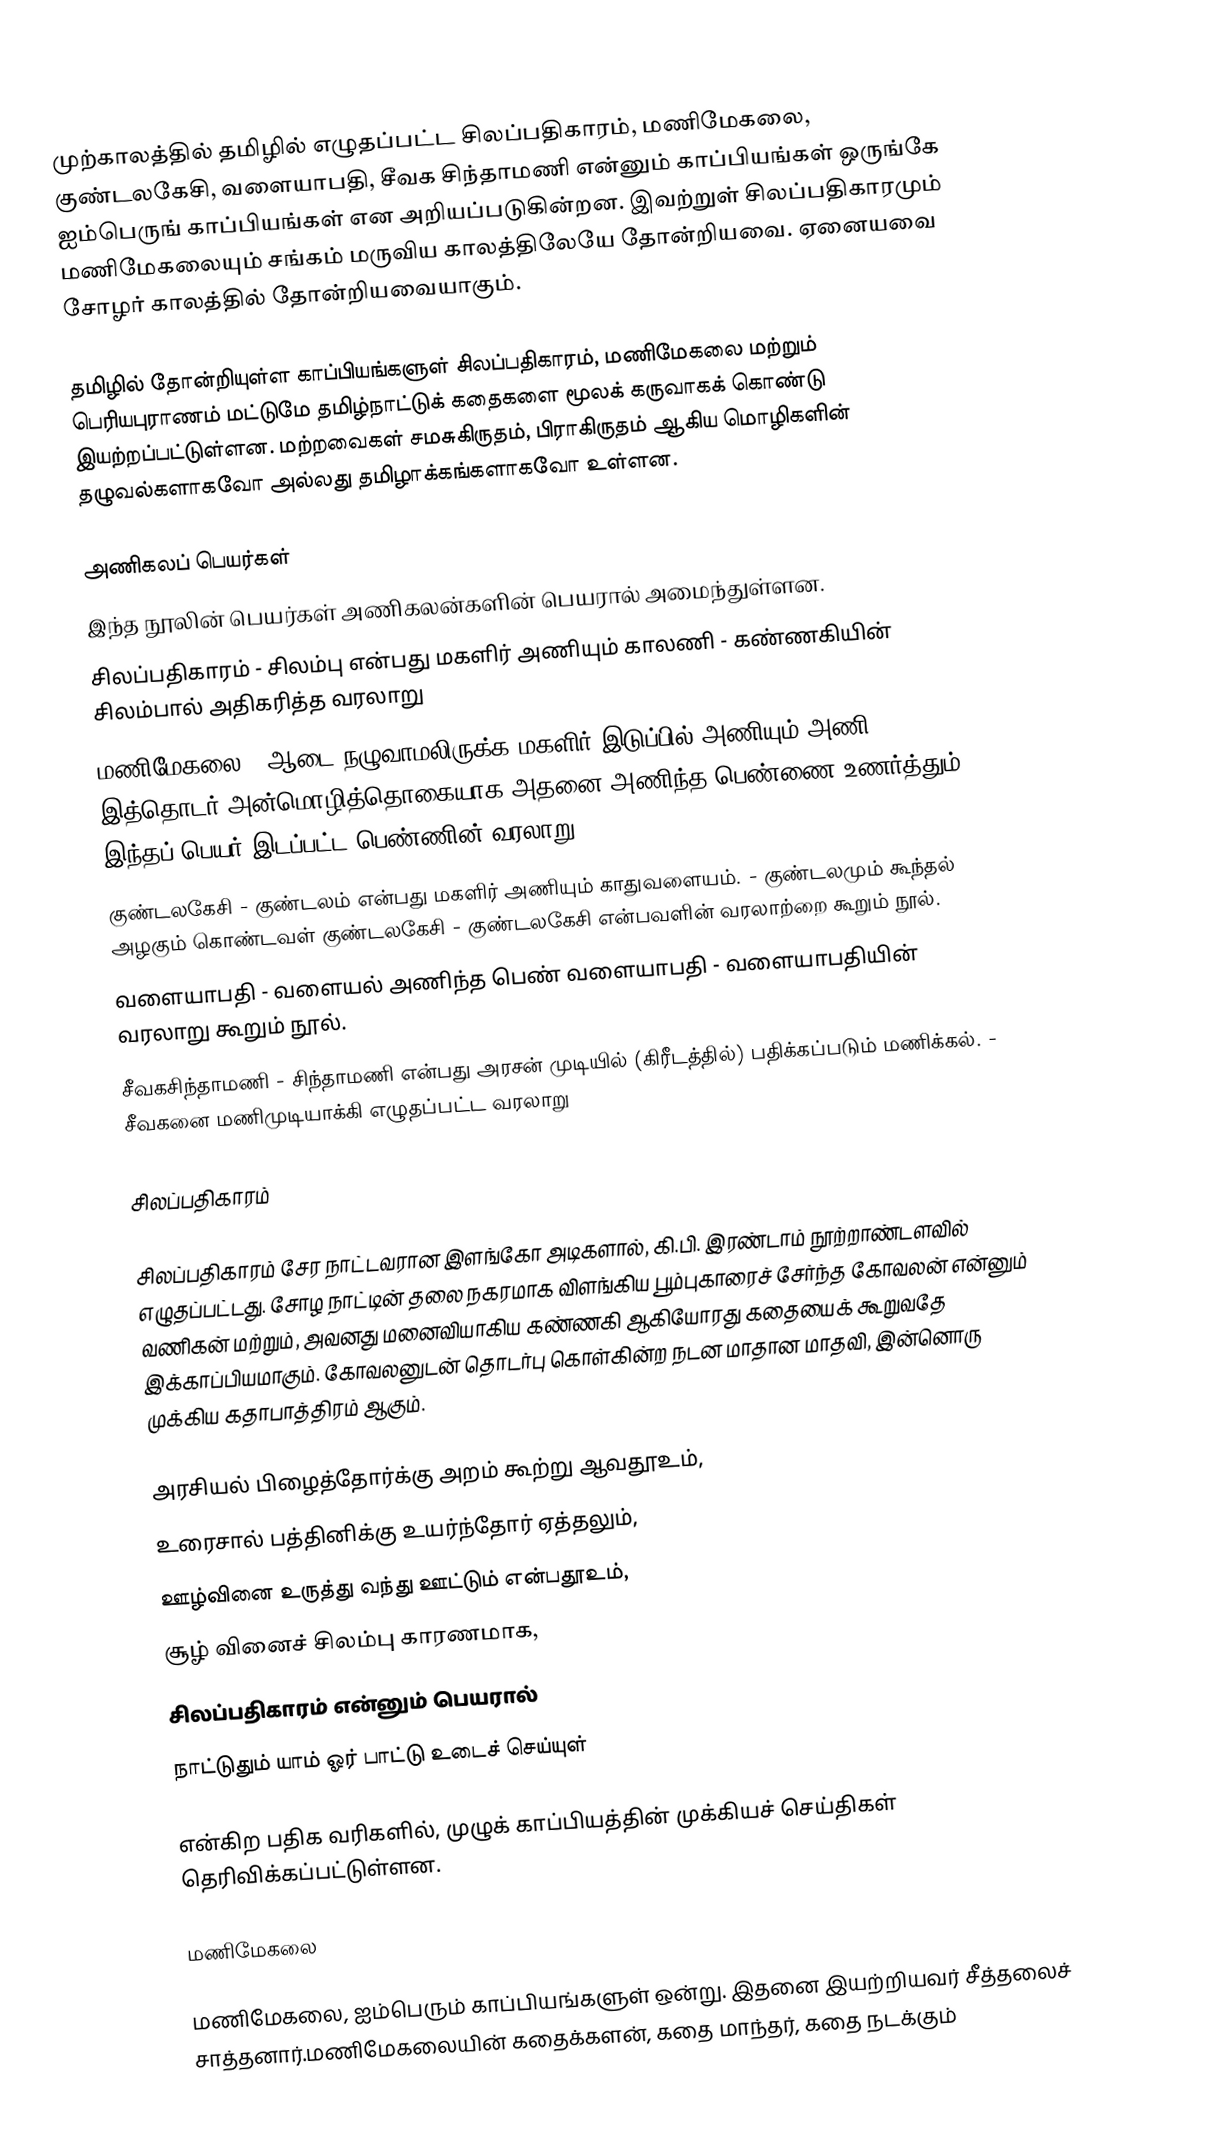
முற்காலத்தில் தமிழில் எழுதப்பட்ட சிலப்பதிகாரம், மணிமேகலை, குண்டலகேசி, வளையாபதி, சீவக சிந்தாமணி என்னும் காப்பியங்கள் ஒருங்கே ஐம்பெருங் காப்பியங்கள் என அறியப்படுகின்றன. இவற்றுள் சிலப்பதிகாரமும் மணிமேகலையும் சங்கம் மருவிய காலத்திலேயே தோன்றியவை. ஏனையவை சோழர் காலத்தில் தோன்றியவையாகும்.

தமிழில் தோன்றியுள்ள காப்பியங்களுள் சிலப்பதிகாரம், மணிமேகலை மற்றும் பெரியபுராணம் மட்டுமே தமிழ்நாட்டுக் கதைகளை மூலக் கருவாகக் கொண்டு இயற்றப்பட்டுள்ளன. மற்றவைகள் சமசுகிருதம், பிராகிருதம் ஆகிய மொழிகளின் தழுவல்களாகவோ அல்லது தமிழாக்கங்களாகவோ உள்ளன.

அணிகலப் பெயர்கள்
இந்த நூலின் பெயர்கள் அணிகலன்களின் பெயரால் அமைந்துள்ளன.
 சிலப்பதிகாரம் - சிலம்பு என்பது மகளிர் அணியும் காலணி - கண்ணகியின் சிலம்பால் அதிகரித்த வரலாறு
 மணிமேகலை - ஆடை நழுவாமலிருக்க மகளிர் இடுப்பில் அணியும் அணி - இத்தொடர் அன்மொழித்தொகையாக அதனை அணிந்த பெண்ணை உணர்த்தும். இந்தப் பெயர் இடப்பட்ட பெண்ணின் வரலாறு.
 குண்டலகேசி - குண்டலம் என்பது மகளிர் அணியும் காதுவளையம். - குண்டலமும் கூந்தல் அழகும் கொண்டவள் குண்டலகேசி - குண்டலகேசி என்பவளின் வரலாற்றை கூறும் நூல்.
 வளையாபதி - வளையல் அணிந்த பெண் வளையாபதி - வளையாபதியின் வரலாறு கூறும் நூல்.
 சீவகசிந்தாமணி - சிந்தாமணி என்பது அரசன் முடியில் (கிரீடத்தில்) பதிக்கப்படும் மணிக்கல். - சீவகனை மணிமுடியாக்கி எழுதப்பட்ட வரலாறு

சிலப்பதிகாரம்

சிலப்பதிகாரம் சேர நாட்டவரான இளங்கோ அடிகளால், கி.பி. இரண்டாம் நூற்றாண்டளவில் எழுதப்பட்டது. சோழ நாட்டின் தலை நகரமாக விளங்கிய பூம்புகாரைச் சேர்ந்த கோவலன் என்னும் வணிகன் மற்றும், அவனது மனைவியாகிய கண்ணகி ஆகியோரது கதையைக் கூறுவதே இக்காப்பியமாகும். கோவலனுடன் தொடர்பு கொள்கின்ற நடன மாதான மாதவி, இன்னொரு முக்கிய கதாபாத்திரம் ஆகும்.

 அரசியல் பிழைத்தோர்க்கு அறம் கூற்று ஆவதூஉம்,
 உரைசால் பத்தினிக்கு உயர்ந்தோர் ஏத்தலும்,
 ஊழ்வினை உருத்து வந்து ஊட்டும் என்பதூஉம்,
 சூழ் வினைச் சிலம்பு காரணமாக,
 சிலப்பதிகாரம் என்னும் பெயரால்
 நாட்டுதும் யாம் ஓர் பாட்டு உடைச் செய்யுள்

என்கிற பதிக வரிகளில், முழுக் காப்பியத்தின் முக்கியச் செய்திகள் தெரிவிக்கப்பட்டுள்ளன.

மணிமேகலை

மணிமேகலை,  ஐம்பெரும் காப்பியங்களுள் ஒன்று. இதனை இயற்றியவர் சீத்தலைச் சாத்தனார்.மணிமேகலையின் கதைக்களன், கதை மாந்தர், கதை நடக்கும்